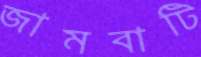
জামবাটি